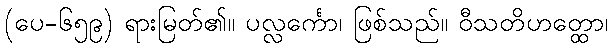
(ပေ-၆၅၉) ရားမြတ်၏။ ပလ္လင်္ကော၊ ဖြစ်သည်။ ဝီသတိဟတ္ထော၊